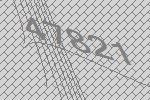
47821